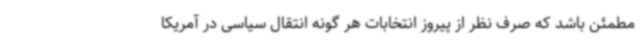
مطمئن باشد که صرف نظر از پیروز انتخابات هر گونه انتقال سیاسی در آمریکا